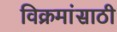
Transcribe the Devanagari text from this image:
विक्रमांसाठी